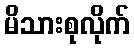
မိသားစုလိုက်